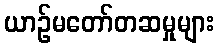
ယာဉ်မတော်တဆမှုများ